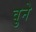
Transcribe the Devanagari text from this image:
वुने